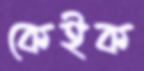
কেইক